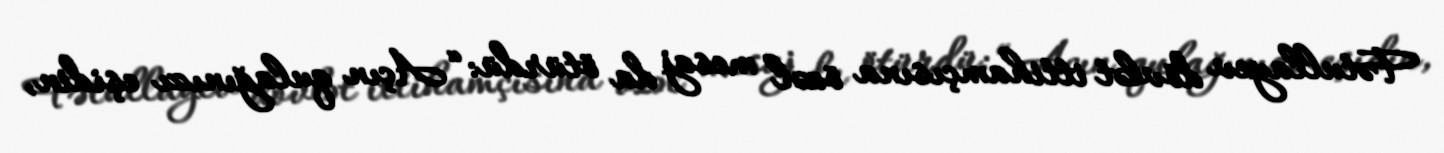
Fətullayev dövlət ittihamçısına özəl mesaj da ötürdü: “Açın qulağınızı eşidin,